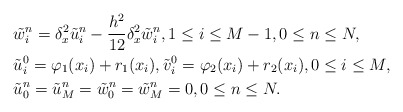
\begin{align*} &\tilde{w}_i^n=\delta_x^2 \tilde{u}_i^n-\frac{h^2}{12}\delta_x^2 \tilde{w}_i^n,1\leq i \leq M-1,0\leq n\leq N,\\ &\tilde{u}_i^0=\varphi_1 (x_i)+r_1(x_i),\tilde{v}_i^0=\varphi_2 (x_i)+r_2(x_i), 0\leq i \leq M,\\ &\tilde{u}_0^n=\tilde{u}_M^n=\tilde{w}_0^n=\tilde{w}_M^n=0,0\leq n\leq N. \end{align*}